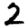
Digit: 2